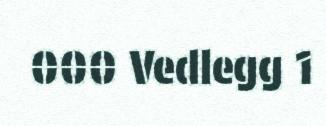
000 Vedlegg 1